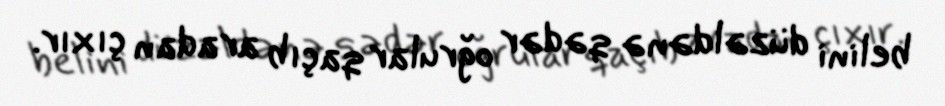
belini düzəldənə qədər oğrular qaçıb aradan çıxır.